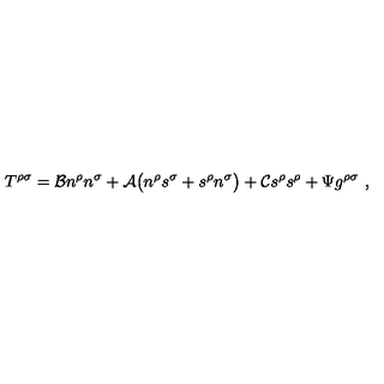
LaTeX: T ^ { \rho \sigma } = { \cal B } n ^ { \rho } n ^ { \sigma } + { \cal A } \big ( n ^ { \rho } s ^ { \sigma } + s ^ { \rho } n ^ { \sigma } \big ) + { \cal C } s ^ { \rho } s ^ { \rho } + \Psi g ^ { \rho \sigma } \ ,